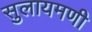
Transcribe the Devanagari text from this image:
सुलायमणी